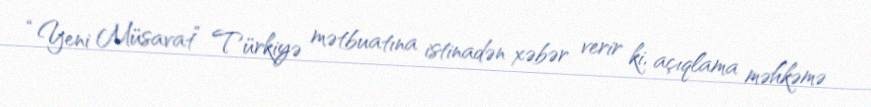
“Yeni Müsavat” Türkiyə mətbuatına istinadən xəbər verir ki, açıqlama məhkəmə